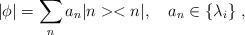
LaTeX: \begin{align*}|\phi| = \sum_n a_n |n><n|, \quad a_n \in \{\lambda_i\} ~ ,\end{align*}